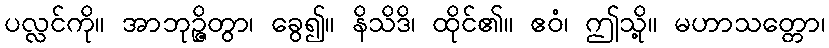
ပလ္လင်ကို။ အာဘုဉ္ဇိတွာ၊ ခွေ၍။ နိသိဒိ၊ ထိုင်၏။ ဧဝံ၊ ဤသို့။ မဟာသတ္တော၊